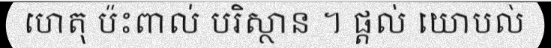
ហេតុ ប៉ះពាល់ បរិស្ថាន ។ ផ្តល់ យោបល់